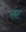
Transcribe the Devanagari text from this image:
लंट